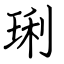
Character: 琍